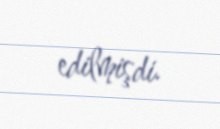
edilmişdi.